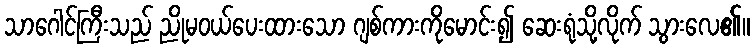
သာဂေါင်ကြီးသည် ညိုမဝယ်ပေးထားသော ဂျစ်ကားကိုမောင်း၍ ဆေးရုံသို့လိုက် သွားလေ၏။